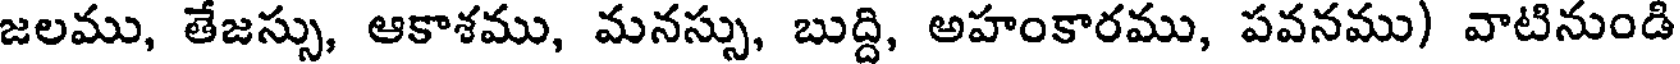
జలము, తేజస్సు, ఆకాశము, మనస్సు, బుద్ది, అహంకారము, పవనము) వాటినుండి